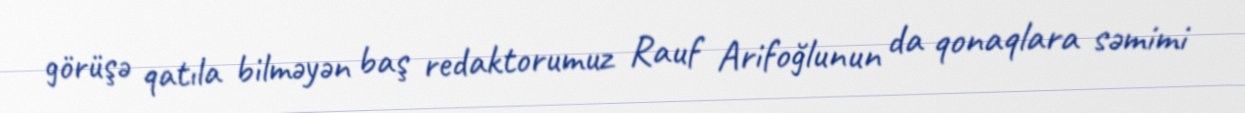
görüşə qatıla bilməyən baş redaktorumuz Rauf Arifoğlunun da qonaqlara səmimi